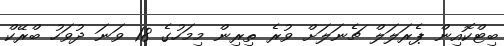
ބިޓްކޮއިން ޕެރަލަލް ޗެނަލަށް ވުރެ ތިރިން މިމަހުގެ 18 ވަނަ ދުވަހު ބްރޭކް